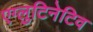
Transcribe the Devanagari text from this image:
एग्लुटिनेटिव